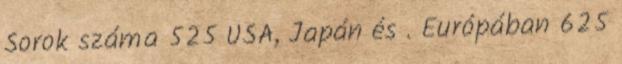
Sorok száma 525 USA, Japán és . Európában 625